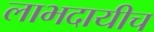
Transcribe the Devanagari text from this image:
लाभदायीच